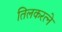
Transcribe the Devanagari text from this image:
तिलकरत्‍ने